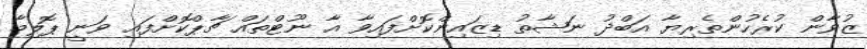
ޒުވާން ކުރެހުންތެރިޔާ އަބްދު ނަޝާތު ޑިޒައިންކޮށްފައިވާ އާ ނޫޓްތައް ޗާޕްކޮށްފައި ވަނީ ޕޮލިމާ